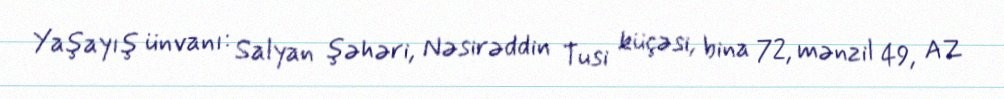
Yaşayış ünvanı: Salyan şəhəri, Nəsirəddin Tusi küçəsi, bina 72, mənzil 49, AZ